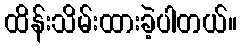
ထိန်းသိမ်းထားခဲ့ပါတယ်။